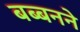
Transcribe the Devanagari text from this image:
बब्बनने